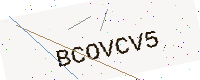
Text: BCOVCV5